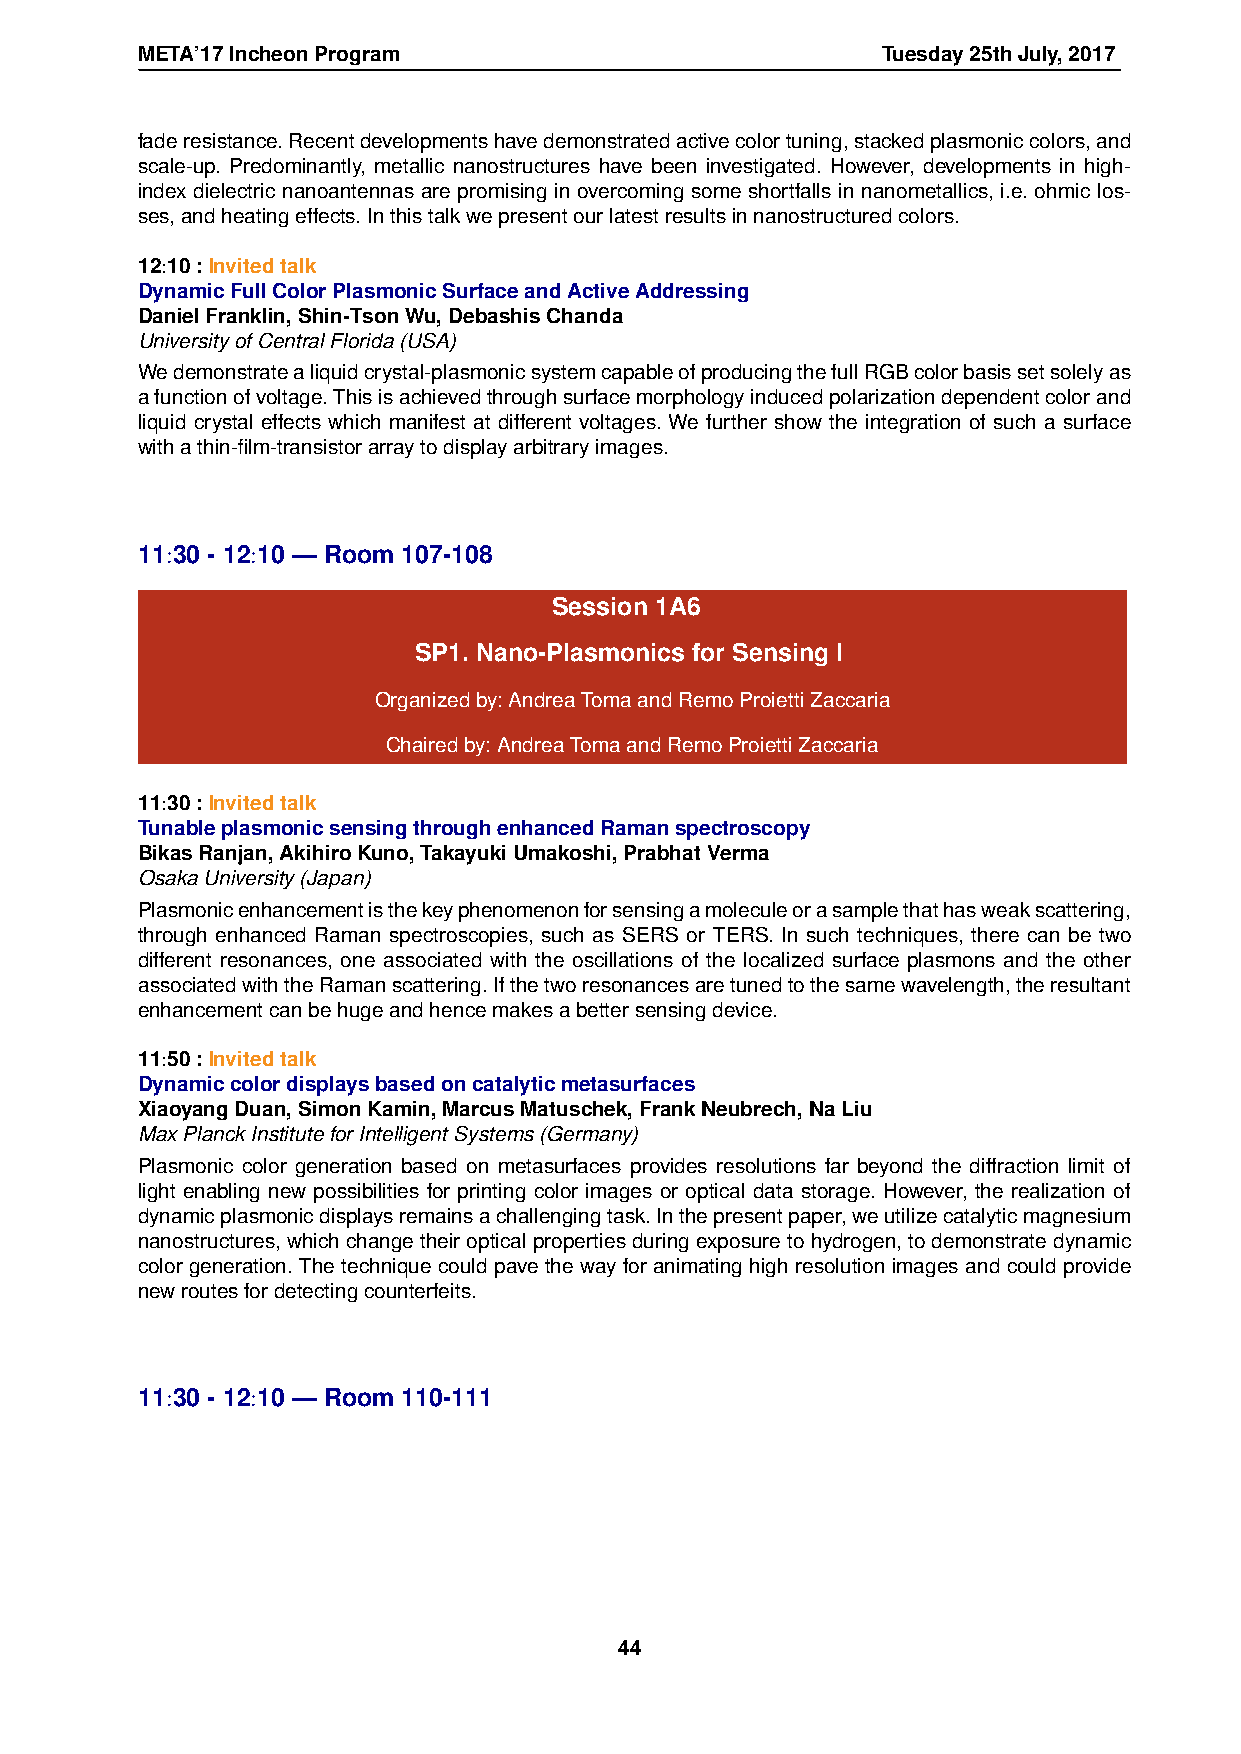
META’17IncheonProgram                            Tuesday25thJuly,2017
 faderesistance.Recentdevelopmentshavedemonstratedactivecolortuning,stackedplasmoniccolors,and
 scale-up. Predominantly, metallic nanostructures have been investigated. However, developments in high-
 index dielectric nanoantennas are promising in overcoming some shortfalls in nanometallics, i.e. ohmic los-
 ses,andheatingeffects.Inthistalkwepresentourlatestresultsinnanostructuredcolors.
 12:10:Invitedtalk
 DynamicFullColorPlasmonicSurfaceandActiveAddressing
 DanielFranklin,Shin-TsonWu,DebashisChanda
 UniversityofCentralFlorida(USA)
 Wedemonstratealiquidcrystal-plasmonicsystemcapableofproducingthefullRGBcolorbasissetsolelyas
 afunctionofvoltage.Thisisachievedthroughsurfacemorphologyinducedpolarizationdependentcolorand
 liquid crystal effects which manifest at different voltages. We further show the integration of such a surface
 withathin-film-transistorarraytodisplayarbitraryimages.
 11:30 - 12:10 — Room 107-108
 Session 1A6
 SP1. Nano-Plasmonics for Sensing I
 Organizedby:AndreaTomaandRemoProiettiZaccaria
 Chairedby:AndreaTomaandRemoProiettiZaccaria
 11:30:Invitedtalk
 TunableplasmonicsensingthroughenhancedRamanspectroscopy
 BikasRanjan,AkihiroKuno,TakayukiUmakoshi,PrabhatVerma
 OsakaUniversity(Japan)
 Plasmonicenhancementisthekeyphenomenonforsensingamoleculeorasamplethathasweakscattering,
 through enhanced Raman spectroscopies, such as SERS or TERS. In such techniques, there can be two
 different resonances, one associated with the oscillations of the localized surface plasmons and the other
 associatedwiththeRamanscattering.Ifthetworesonancesaretunedtothesamewavelength,theresultant
 enhancementcanbehugeandhencemakesabettersensingdevice.
 11:50:Invitedtalk
 Dynamiccolordisplaysbasedoncatalyticmetasurfaces
 XiaoyangDuan,SimonKamin,MarcusMatuschek,FrankNeubrech,NaLiu
 MaxPlanckInstituteforIntelligentSystems(Germany)
 Plasmonic color generation based on metasurfaces provides resolutions far beyond the diffraction limit of
 light enabling new possibilities for printing color images or optical data storage. However, the realization of
 dynamicplasmonicdisplaysremainsachallengingtask.Inthepresentpaper,weutilizecatalyticmagnesium
 nanostructures,whichchangetheiropticalpropertiesduringexposuretohydrogen,todemonstratedynamic
 color generation. The technique could pave the way for animating high resolution images and could provide
 newroutesfordetectingcounterfeits.
 11:30 - 12:10 — Room 110-111
 44